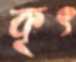
কৃৎ